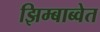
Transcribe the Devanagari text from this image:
झिम्बाब्वेत